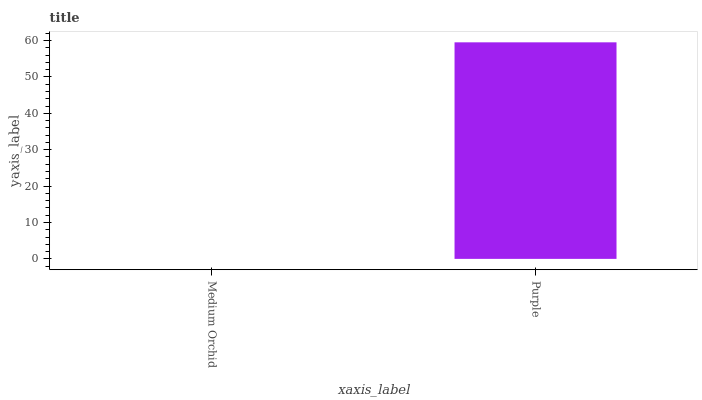
| xaxis_label | bars |
 | --- | --- |
 | Medium Orchid | 0 |
 | Purple | 59.5 |